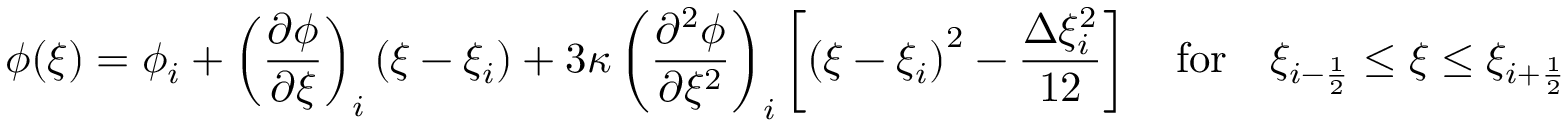
\phi ( \xi ) = \phi _ { i } + \left( \frac { \partial \phi } { \partial \xi } \right) _ { i } \left( \xi - \xi _ { i } \right) + 3 \kappa \left( \frac { \partial ^ { 2 } \phi } { \partial \xi ^ { 2 } } \right) _ { i } \left[ \left( \xi - \xi _ { i } \right) ^ { 2 } - \frac { \Delta \xi _ { i } ^ { 2 } } { 1 2 } \right] \quad \mathrm { f o r } \quad \xi _ { i - \frac { 1 } { 2 } } \le \xi \le \xi _ { i + \frac { 1 } { 2 } }